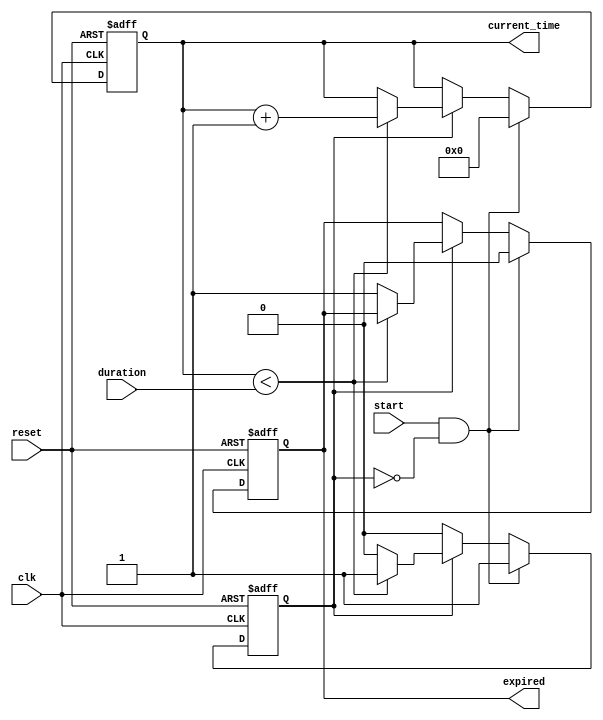
module timer_event_control(
    input wire clk,          // Clock signal
    input wire start,        // Start signal
    input wire reset,        // Reset signal
    input wire [31:0] duration, // Time duration in clock cycles
    output reg expired,      // Timer expired signal
    output reg [31:0] current_time // Current time count
);

    // State definition
    reg counting; // Indicates if the timer is currently counting

    // Initialize the timer on reset
    always @(posedge clk or posedge reset) begin
        if (reset) begin
            current_time <= 32'b0; // Reset current time
            expired <= 1'b0;       // Deactivate expired signal
            counting <= 1'b0;      // Stop counting
        end else if (start && !counting) begin
            counting <= 1'b1;      // Start counting
            expired <= 1'b0;       // Ensure expired is low when starting
            current_time <= 32'b0; // Reset current time
        end else if (counting) begin
            if (current_time < duration) begin
                current_time <= current_time + 1; // Increment current time
            end else begin
                expired <= 1'b1; // Timer expired
                counting <= 1'b0; // Stop counting
            end
        end
    end

endmodule